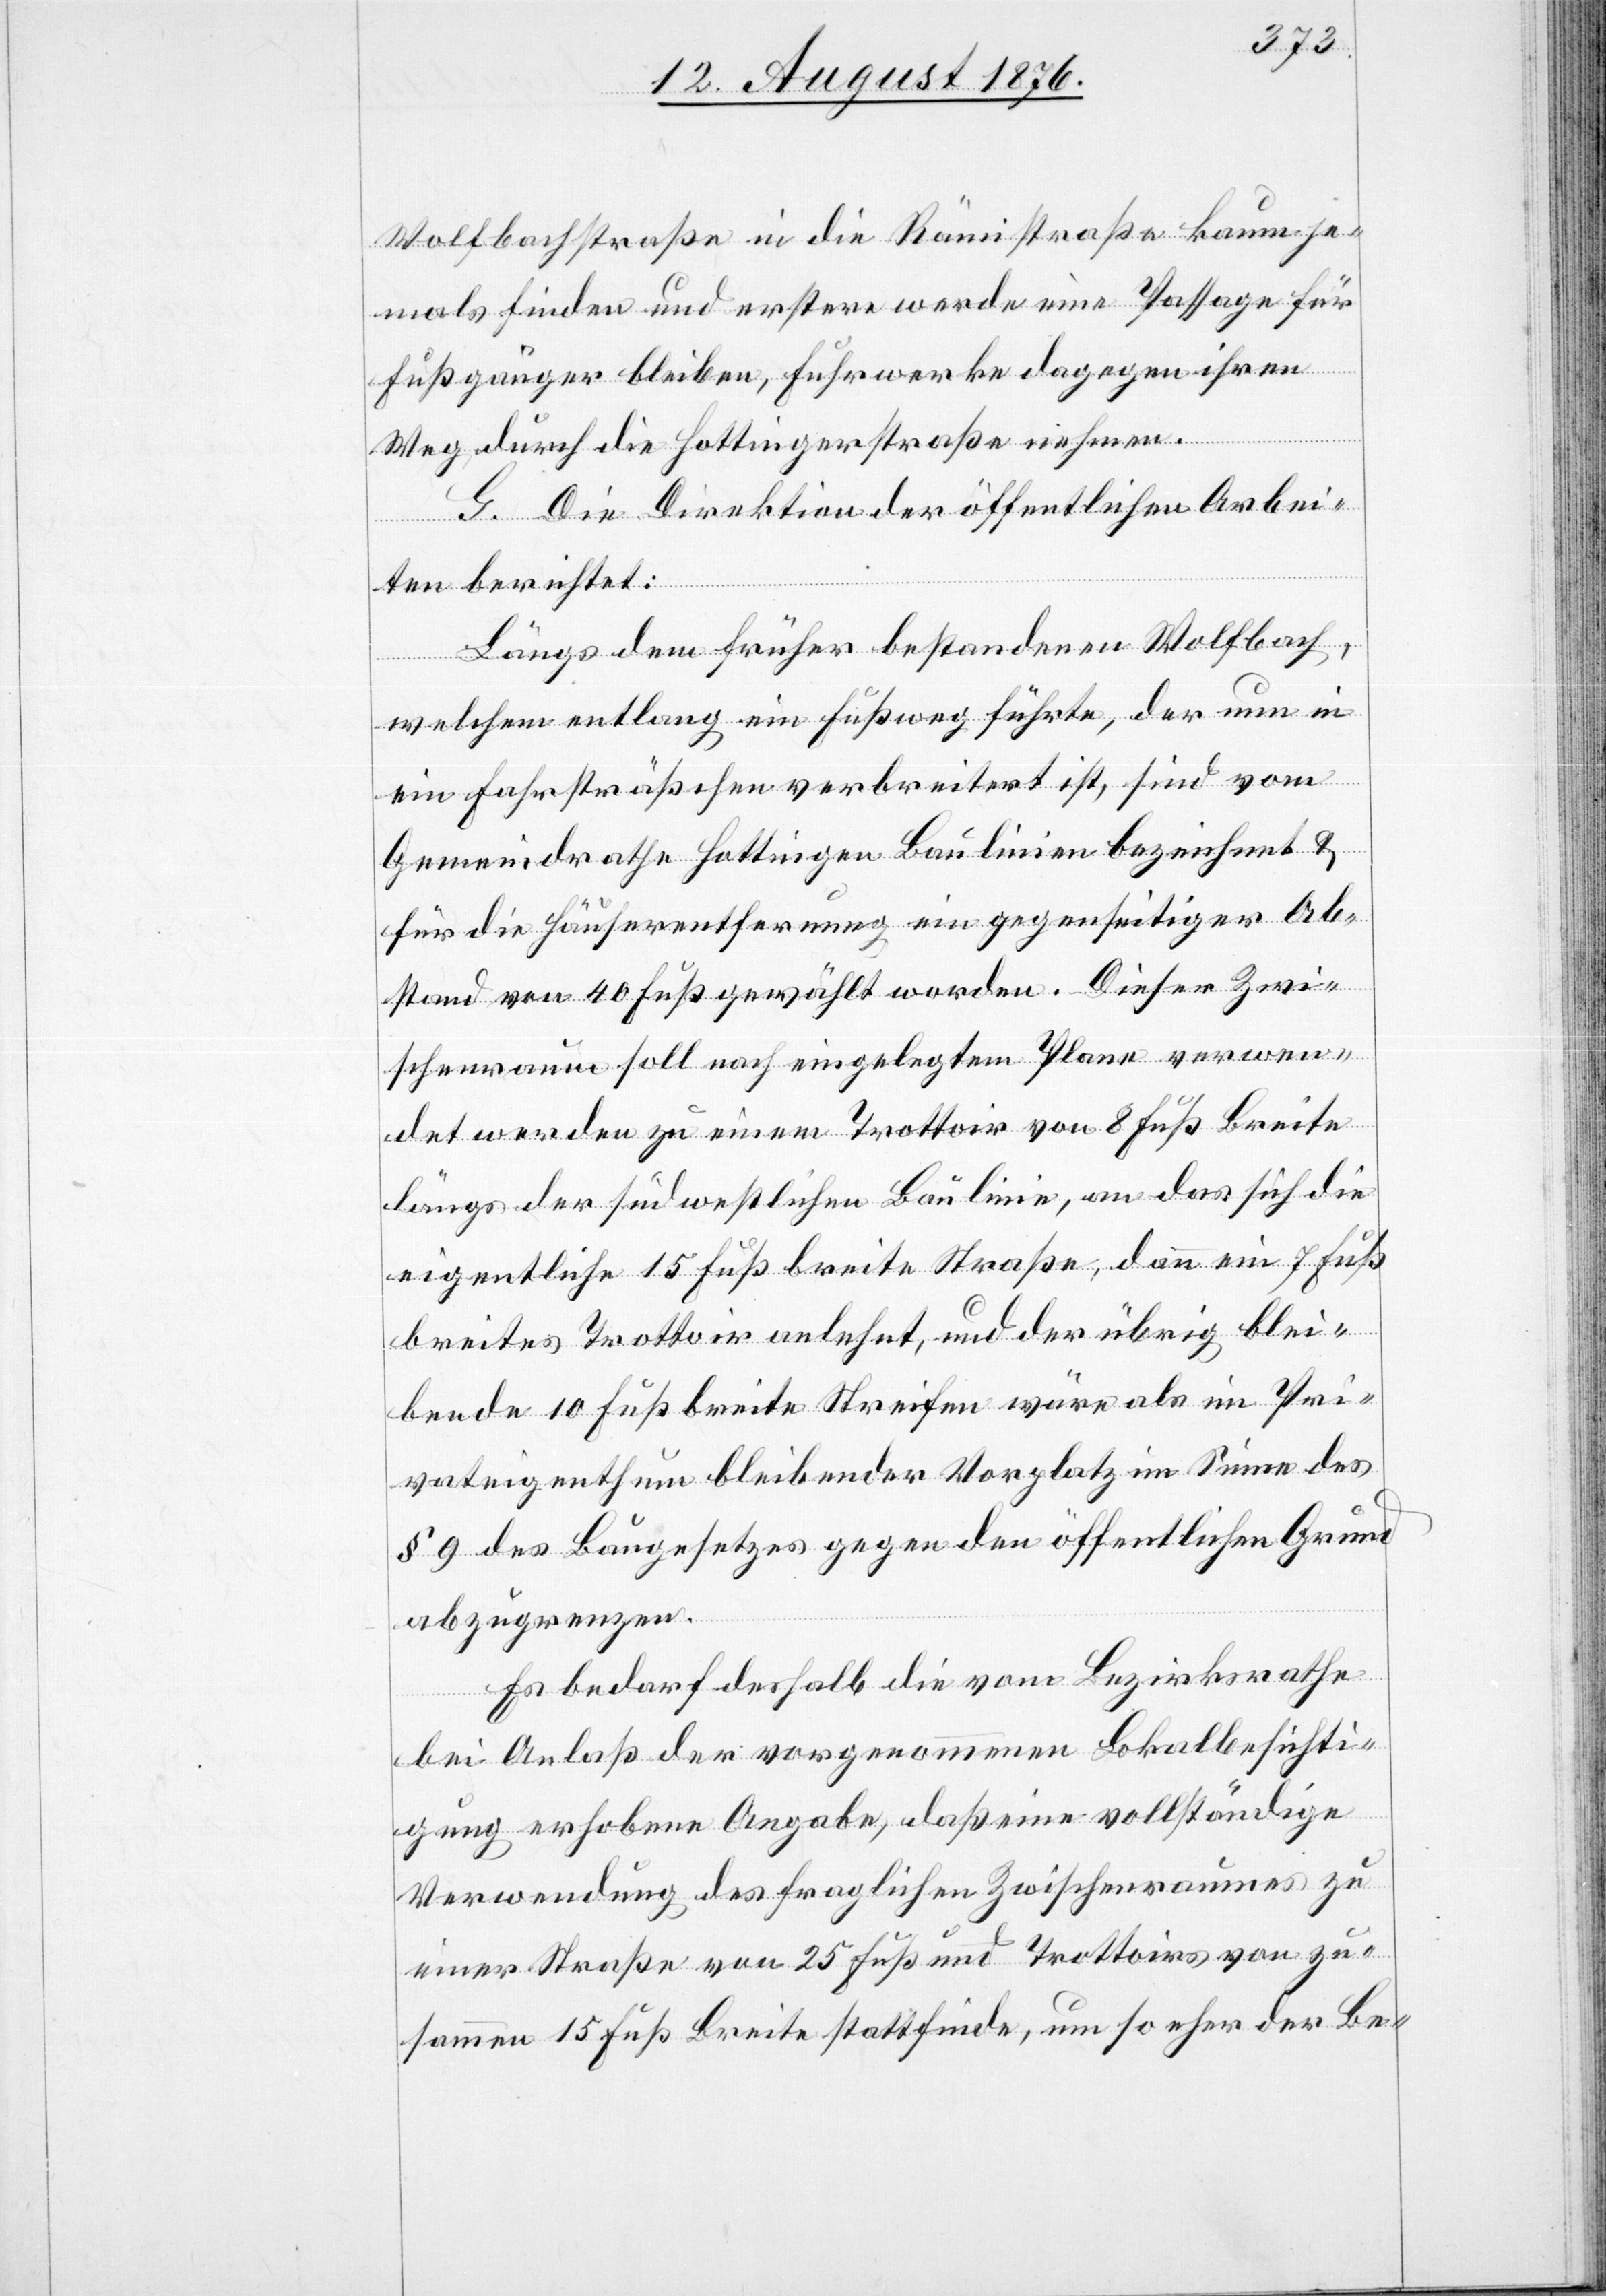
Wolfbachstraße in die Rämistraße kaum je¬
mals finden und erstere werde eine Passage für
Fußgänger bleiben, Fuhrwerke dagegen ihren
Weg durch die Hottingerstraße nehmen.
G. Die Direktion der öffentlichen Arbei¬
ten berichtet:
Längs dem früher bestandenen Wolfbach,
welchem entlang ein Fußweg führte, der nun in
ein Fahrsträßchen verbreitert ist, sind vom
Gemeindrathe Hottingen Baulinien bezeichnet &
für die Häuserentfernung ein gegenseitiger Ab¬
stand von 40 Fuß gewählt worden. Dieser Zwi¬
schenraum soll nach eingelegtem Plane verwen¬
det werden zu einem Trottoir von 8 Fuß Breite
längs der südwestlichen Baulinie, an das sich die
eigentliche 15 Fuß breite Straße, dann ein 7 Fuß
breites Trottoir anlehnt, und der übrig blei¬
bende 10 Fuß breite Streifen wäre als im Pri¬
vateigenthum bleibender Vorplatz im Sinne des
§ 9 des Baugesetzes gegen den öffentlichen Grund
abzugrenzen.
Es bedarf deshalb die vom Bezirksrathe
bei Anlaß der vorgenommenen Lokalbesichti¬
gung erhobene Angabe, daß eine vollständige
Verwendung des fraglichen Zwischenraumes zu
einer Straße von 25 Fuß und Trottoirs von zu¬
sammen 15 Fuß Breite stattfinde, um so eher der Be-